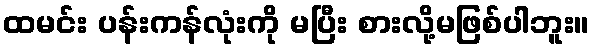
ထမင်း ပန်းကန်လုံးကို မပြီး စားလို့မဖြစ်ပါဘူး။